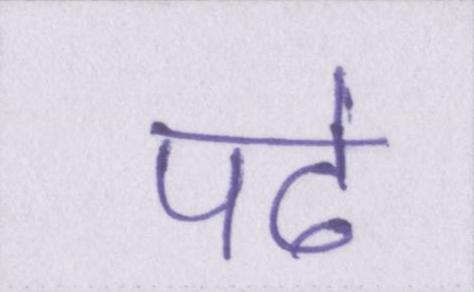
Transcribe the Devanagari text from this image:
पढे